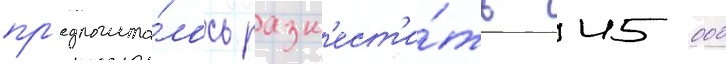
пр'едполага́лось разм'ест'и́ть 45 000